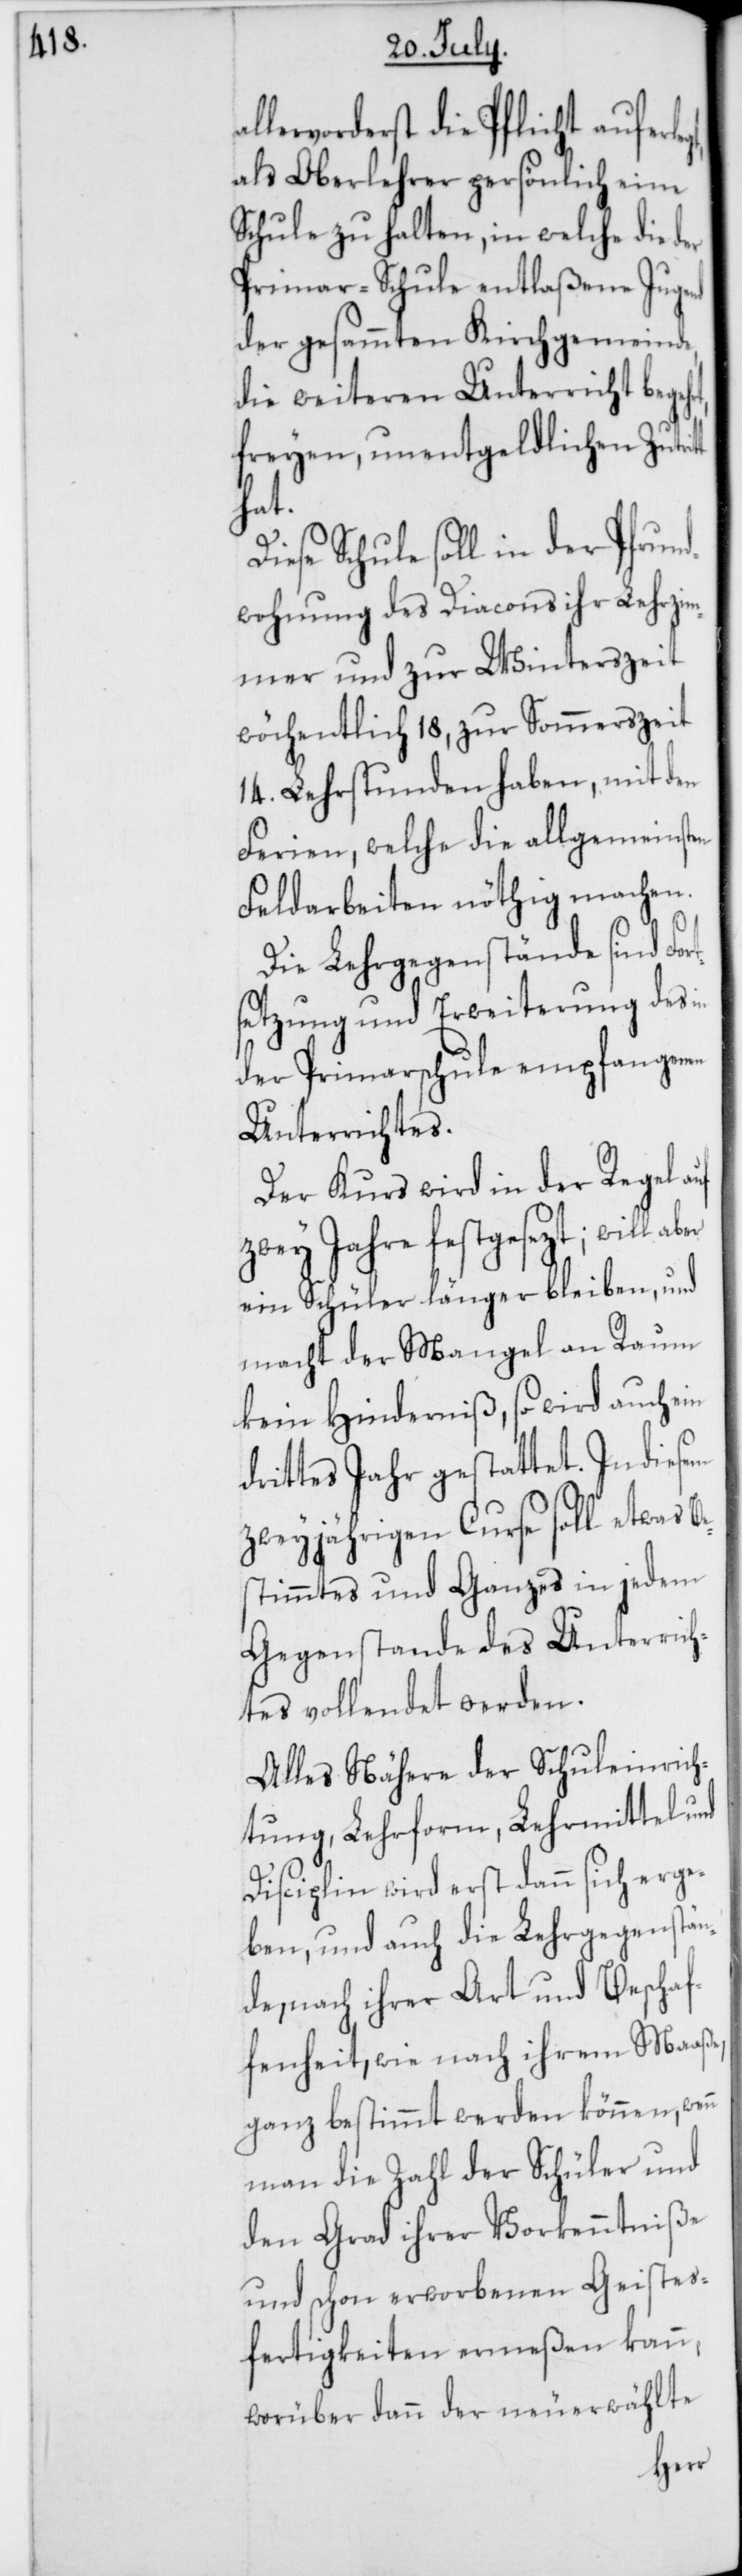
lervorderst die Pflicht auferle¬
als Oberlehrer persönlich eine
Schule zu halten, in welche die der
Primar-Schule entlaßene Jugend
der gesammten Kirchgemeinde,
die weiteren Unterricht bege¬
freyen unentgeldlichen Zutri¬
hat.
Diese Schule soll in der Pfrund¬
wohnung des Diacons ihr Lehrzim¬
mer und zur Winterszeit
wöchentlich 18, zur Sommerszeit
14. Lehrstunden haben, mit den
Ferien, welche die allgemeinsten
Feldarbeiten nöthig machen.
Die Lehrgegenstände sind For¬
tsetzung und Erweiterung des in
der Primarschule empfangenen
Unterrichtes.
Der Kurs wird in der Regel auf
zwey Jahre festgesezt; will
ein Schüler länger bleiben, und
macht der Mangel an Raum
kein Hinderniß, so wird auch ein
drittes Jahr gestattet. In diesem
zweyjährigen Kurse soll etwas B¬
estimmtes und Ganzes in jedem
Gegenstande des Unterrich¬
tes vollendet werden.
Alles Nähere der Schuleinrich¬
tung, Lehrform, Lehrmittel und
Disziplin wird erst dann sich erge¬
ben, und auch die Lehrgegenstän¬
de, nach ihrer Art und Beschaf¬
fenheit, wie nach ihrem Maaße,
ganz bestimmt werden können, wenn
man die Zahl der Schüler und
den Grad ihrer Vorkenntniße
und schon erworbenen Geistes¬
fertigkeiten ermeßen kann,
worüber dann der neuerwählte